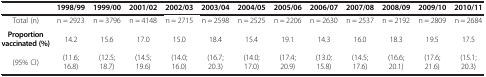
<table><thead><tr><td><b> </b></td><td><b>1998/99</b></td><td><b>1999/00</b></td><td><b>2001/02</b></td><td><b>2002/03</b></td><td><b>2003/04</b></td><td><b>2004/05</b></td><td><b>2005/06</b></td><td><b>2006/07</b></td><td><b>2007/08</b></td><td><b>2008/09</b></td><td><b>2009/10</b></td><td><b>2010/11</b></td></tr></thead><tbody><tr><td>Total (n)</td><td>n = 2923</td><td>n = 3796</td><td>n = 4148</td><td>n = 2715</td><td>n = 2598</td><td>n = 2525</td><td>n = 2206</td><td>n = 2630</td><td>n = 2537</td><td>n = 2192</td><td>n = 2809</td><td>n = 2684</td></tr><tr><td><b>Proportion vaccinated (%)</b></td><td>14.2</td><td>15.6</td><td>17.0</td><td>15.0</td><td>18.4</td><td>15.4</td><td>19.1</td><td>14.3</td><td>16.0</td><td>18.3</td><td>19.5</td><td>17.5</td></tr><tr><td>(95% CI)</td><td>(11.6; 16.8)</td><td>(12.5; 18.7)</td><td>(14.5; 19.6)</td><td>(14.0; 16.0)</td><td>(16.7; 20.3)</td><td>(14.0; 17.0)</td><td>(17.4; 20.9)</td><td>(13.0; 15.8)</td><td>(14.5; 17.6)</td><td>(16.6; 20.1)</td><td>(17.6; 21.6)</td><td>(15.1; 20.3)</td></tr></tbody></table>